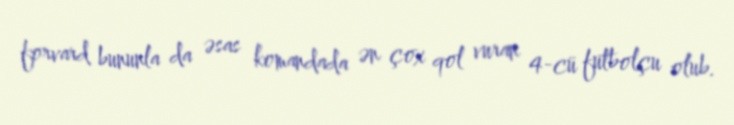
forvard bununla da əsas komandada ən çox qol vuran 4-cü futbolçu olub.